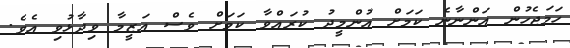
ހަމަޖެހުން އަންނާނެ ކަމަށް އުންމީދު ކުރައްވާ ކަމަށް ވެސް އަޒީމާ ވިދާޅުވި އެވެ.